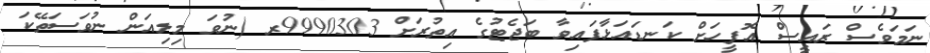
ނަމަވެސް ރައީސް އޮފީހަށް ކަނޑައަޅާފައިވާ ބަޖެޓުގެ އިތުރަށް 9990303ރ (ނުވަ މިލިއަން ނުވަސަތޭކަ